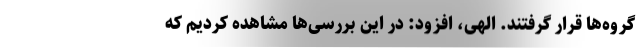
گروه‌ها قرار ‌گرفتند. الهی، افزود: در این بررسی‌ها مشاهده کردیم که